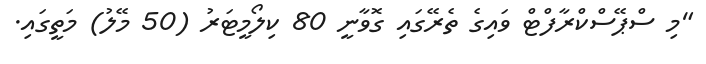
"މި ސްޕޭސްކްރާފްޓް ވައިގެ ތެރޭގައި ގޮވާނީ 80 ކިލޯމީޓަރު (50 މޭލު) މަތީގައި.